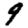
Digit: 9